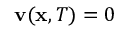
\mathbf { v } ( \mathbf { x } , T ) = 0